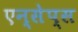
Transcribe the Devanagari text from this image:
एन्सेप्स